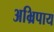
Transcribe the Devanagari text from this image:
अभ्रिपाय